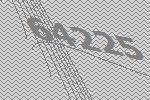
64225